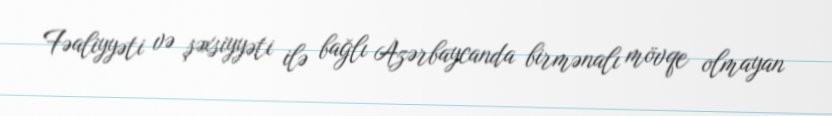
Fəaliyyəti və şəxsiyyəti ilə bağlı Azərbaycanda birmənalı mövqe olmayan